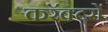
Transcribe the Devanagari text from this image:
करॅक्टरों